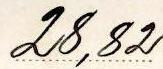
28,82